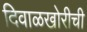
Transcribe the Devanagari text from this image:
दिवाळखोरीची